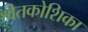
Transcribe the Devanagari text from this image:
श्वेतकोशिका